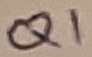
Text: Q1